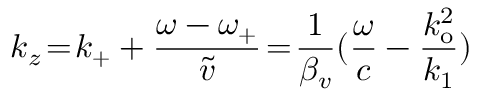
k _ { z } \! = \! k _ { + } + \frac { \omega - \omega _ { + } } { \widetilde { v } } \! = \! \frac { 1 } { \beta _ { v } } ( \frac { \omega } { c } - \frac { k _ { \mathrm { o } } ^ { 2 } } { k _ { 1 } } )